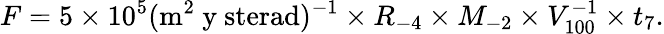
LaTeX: F=5\times 10^{5}(\mathrm{m^{2}~y~sterad})^{-1}\times R_{-4}\times M_{-2}\times V_{100}^{-1}\times t_{7}.